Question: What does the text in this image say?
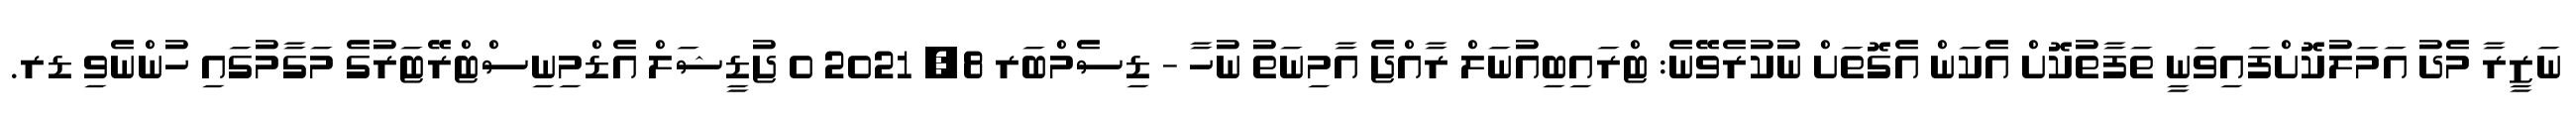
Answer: ނަޒީރާ މެދު އަމަލުކޮށްފައިވަނީ ތަފާތުކޮށް އެކަން އެގޮތަށް ނުކުރެވޭނެ: ޓްރައިބިއުނަލް ރާއްޖެ އާމިނަތު ނުހާ - ޑިސެމްބަރ 8, 2021 0 ޖުޑީޝަލް އެޑްމިނިސްޓްރޭޓަރުގެ މަގާމުގައި ހުންނެވި ޑރ.